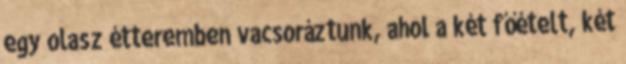
egy olasz étteremben vacsoráztunk, ahol a két főételt, két